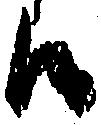
候